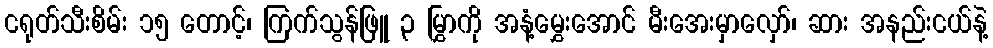
ငရုတ်သီးစိမ်း ၁၅ တောင့်၊ ကြက်သွန်ဖြူ ၃ မြွှာကို အနံ့မွှေးအောင် မီးအေးမှာလှော်၊ ဆား အနည်းငယ်နဲ့